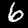
Label: 6